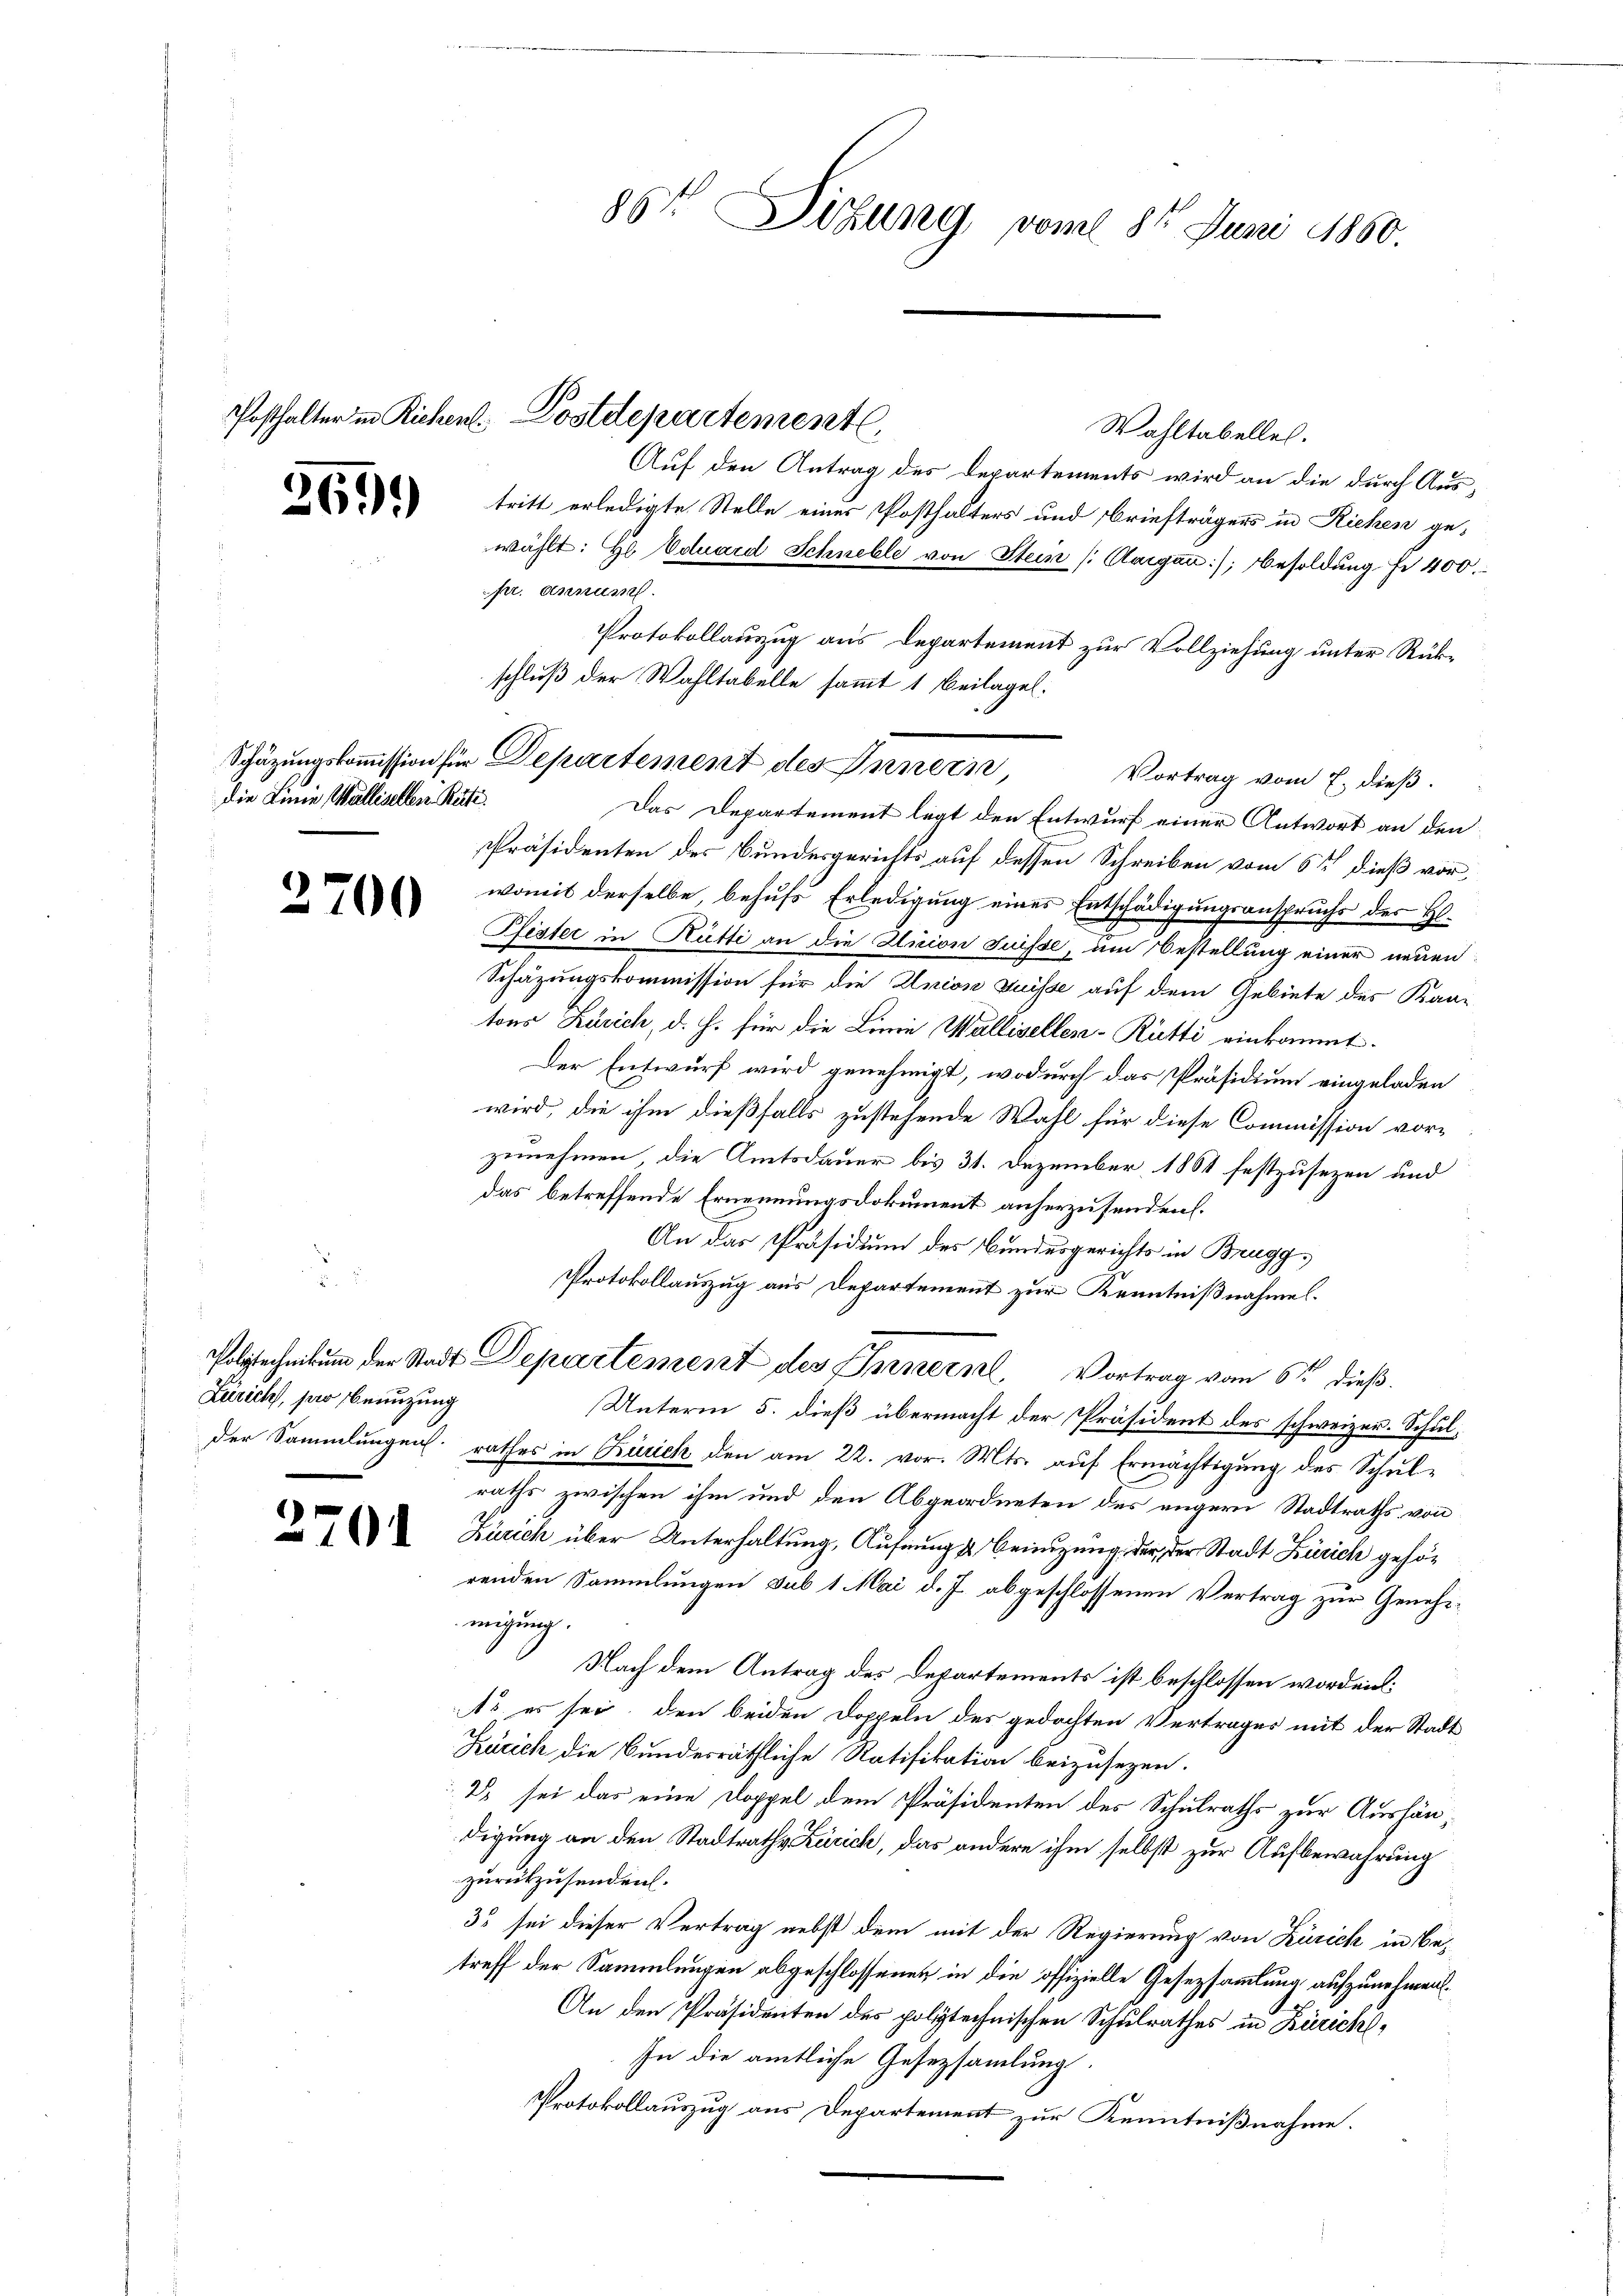
369.

die Linie Wallisellen Rüti.

3700

Zürich, sar benutzung

270.

Posthalter in Richen Postdepartementl

Schätzungskommission für Departement des Innern,

86t Dizung, vom 8. Juni 1860.

Wahltabellen.
Auf den Antrag des Departements wird an die durch Austritt erledigte Stelle einer Posthalters und Briefträgers in Richen gewählt: Hl Eduard Schnelle von Stein (Aargau), Besoldung fi 400.
pr. annum
Protokollauszug aus Departement zur Vollziehung unter Rückschluß der Wahltabelle sammt 1 Beilagel.
Vortrag vom 7. dieß.
Das Departement legt den Entwurf einer Antwort an den
Präsidenten der Bundesgerichts auf dessen Schreiben vom 6ten dieß vor,
womit derselbe behufs Erledigung eines Entschädigungsanspruchs der H.
Pfister in Hütti an die Union Suisse, um Bestellung einer neuen
Schazungskommission für die Union Suisse auf dem Gebiete des Kan-
tons Zürich, d. h. für die Linie Wallisellen-Rütti einkommt.
Der Entwurf wird genehmigt, wodurch das Präsidium eingeladen
wird, die ihm dießfalls zustehende Wahl für diese Commission vorzunehmen, die Amtsdauer bis 31. Dezember 1864 festzusezen und
das betreffende Ernennungsdokument anherzusenden.
An das Präsidium des Bundesgerichts in Brugg,
Protokollauszug aus Departement zur Kenntnißnahme.
Polytechnikŭm der Stadt Departement des General Vortrag vom 6ten dieβ.
Unterm 5. dieß übermacht der Präsident des schweizer. Schulder Sammlungen rathes in Zürich den am 22. vor. Mts. auf Ermächtigung des Schul-
raths zwischen ihm und den Abgeordneten des engern Stadtraths von
Zürich über Unterhaltung, Aufnungst beizung der der Stadt Zürich gehörenden Sammlungen sub 1 Mai d. J. abgeschlossenen Vertrag zur Geneh-
migung.
Nach dem Antrag des Departements ist beschlossen worden:
1o es sei, den beiden Doppeln des gedachten Vertrages mit der Stadt
Kücich die Bundesräthliche Ratifikation beizusezen.
2) sei das eine Doppel dem Präsidenten des Schulraths zur Aushändigung an den Stadtraths Zürich, das andere ihm selbst zur Aufbewahrung
zurükzusenden.
33 sei dieser Vertrag nebst dem mit der Regierung von Zürich in Betreff der Sammlungen abgeschlossenen in die offizielle Gesetzsammlung aufzunehmen.
An den Präsidenten des polytechnischen Schulrathes in Züricht,
In die amtliche Gesetzsamlung.
Protokollauszug aus Departement zur Kenntnißnahme.